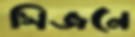
সিজনে